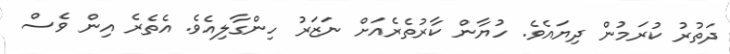
ދަތުރު ކުރަމުން ދިޔައެވެ. ހުޔާން ކާރުތެރެއަށް ނަޒަރު ހިންގާލިއެވެ. އެތެރެ އިން ވެސް